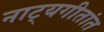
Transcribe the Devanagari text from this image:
नाट्यगीतांत